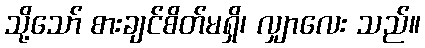
သို့သော် စားချင်စိတ်မရှိ၊ လျှာလေး သည်။